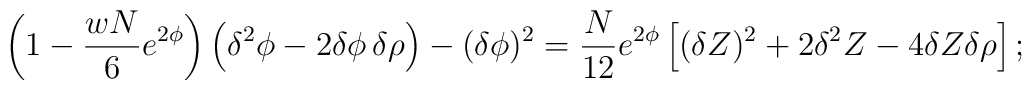
\left( 1 - \frac{wN}{6} e^{2\phi} \right) \left( \delta^2 \phi - 2 \delta\phi\,\delta\rho \right) -(\delta\phi)^2= \frac{N}{12} e^{2\phi} \left[ (\delta Z)^2 + 2 \delta^2 Z  - 4 \delta Z \delta\rho \right];